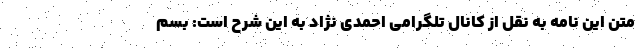
متن این نامه به نقل از کانال تلگرامی احمدی نژاد به این شرح است: بسم